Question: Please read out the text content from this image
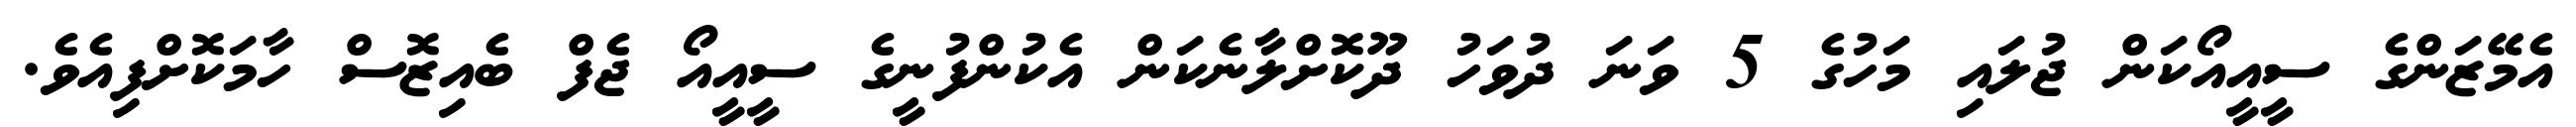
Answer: އެމޭޒަންގެ ސީއީއޯކަން ޖުލައި މަހުގެ 5 ވަނަ ދުވަހު ދޫކޮށްލާނެކަން އެކުންފުނީގެ ސީއީއޯ ޖެފް ބެއިޒޮސް ހާމަކޮށްފިއެވެ.